Burma Government Medical School reports 1907-22
Year: 1907
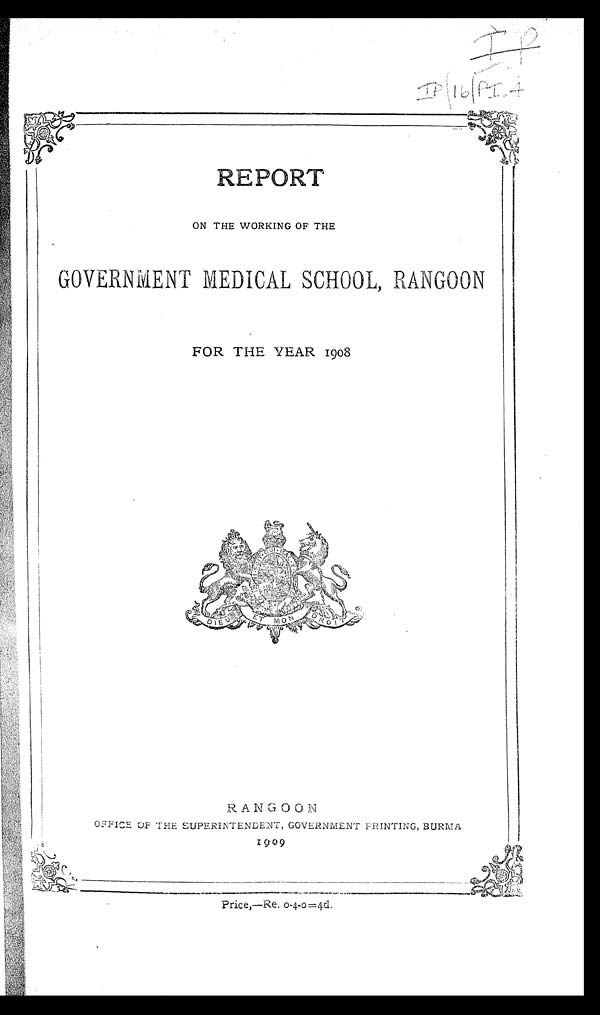
IP
REPORT
ON THE WORKING OF THE
GOVERNMENT MEDICAL SCHOOL, RANGOON
FOR THE YEAR 1908
RANGOON
OF F I CE OF T HE S UP E R I NT E NDE NT , GOVE R NME NT P R I NT I NG,
BURMA
1909
Price,—Re. 0-4-0=4d.